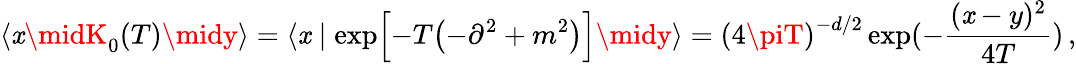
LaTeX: \langle\mathit{x}\midK_{0}(T)\midy\rangle=\langle\mathit{x}\mid\exp\Bigl[-T\bigl(-{\partial}^{2}+m^{2}\bigr)\Bigr]\midy\rangle={(4\piT)}^{-d/2}\exp(-{\frac{{(\mathit{x}-y)^{2}}}{{4T}}})\, ,